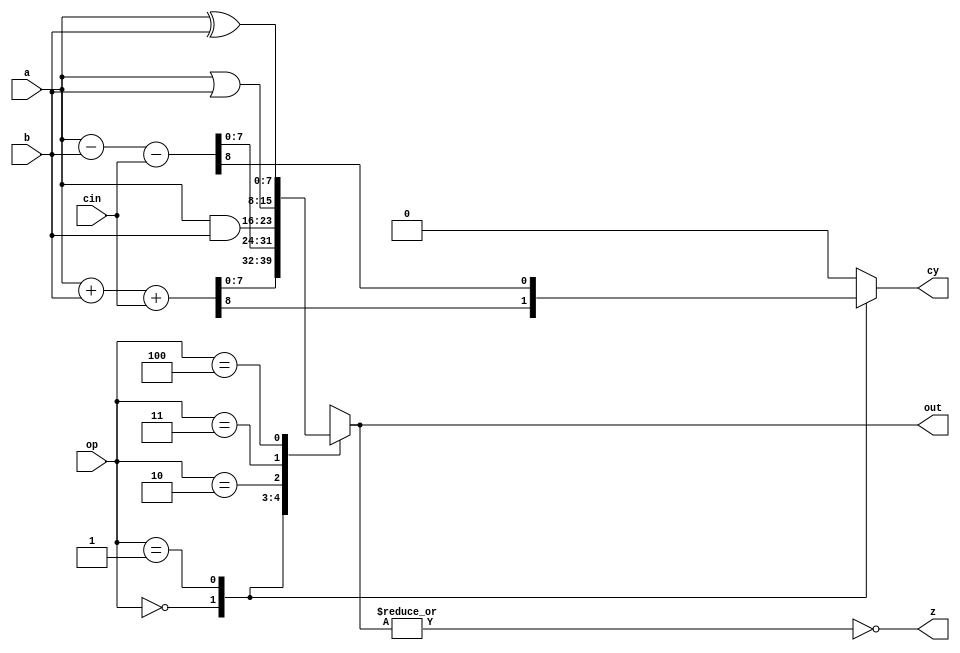
module ALU_8085(a,b,cin,op,z,cy,out);
input [7:0] a,b;
input [2:0] op;
input cin;
output z;
output reg cy=1'b0;
output reg [7:0] out=8'b0;
reg cybar=0;
assign z=~|out;
always @(*)
begin
case(op)
3'b000: begin//add
{cy,out}=a+b+cin;
cybar=0;
end
3'b001: begin//sub
{cybar,out}=a-b-cin;
cy=cybar;
end
3'b010: begin//and
out=a&b;
cy=0;
cybar=0;
end
3'b011: begin//OR
out=a|b;
cy=0;
cybar=0;
end
3'b100: begin//XOR
out=a^b;
cy=0;
cybar=0;
end
default: begin
out=8'hxx;
cy=0;
cybar=0;
end

endcase
end

endmodule